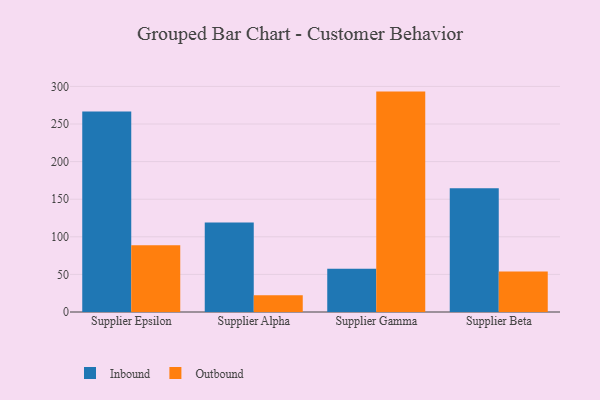
{"axis": {"x": "Supplier", "y": "Customer Acquisition Cost (USD)"}, "legend": ["Inbound", "Outbound"], "data": [{"x": "Supplier Epsilon", "y": 266.8, "type": "Inbound"}, {"x": "Supplier Epsilon", "y": 88.8, "type": "Outbound"}, {"x": "Supplier Alpha", "y": 118.9, "type": "Inbound"}, {"x": "Supplier Alpha", "y": 22.2, "type": "Outbound"}, {"x": "Supplier Gamma", "y": 57.4, "type": "Inbound"}, {"x": "Supplier Gamma", "y": 293.1, "type": "Outbound"}, {"x": "Supplier Beta", "y": 164.6, "type": "Inbound"}, {"x": "Supplier Beta", "y": 53.9, "type": "Outbound"}]}